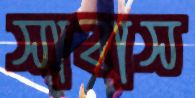
সাবাস